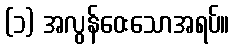
(၁) အလွန်ဝေးသောအရပ်။